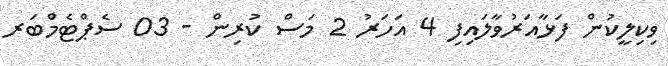
ވިކިލީކުން ފަޅާއަރުވާލައިފި 4 އަހަރު 2 މަސް ކުރިން - 03 ސެޕްޓެމްބަރ